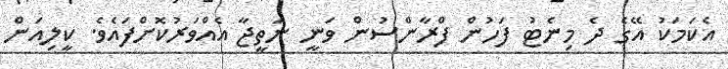
އެކަމަކު އޭގެ ދެ މިނެޓު ފަހުން ފްރާންސުން ވަނީ ނަތީޖާ އެއްވަރުކޮށްފައެވެ. ކީލިއަން